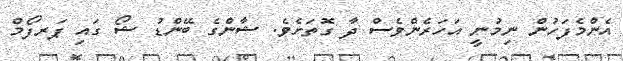
އެންމެފަހުން ނިމުނީ އަހަރެންވެސް ދާ ގޮތަށެވެ. ޝާންގެ ބޭންޑު ޝޯ ގައި ޕަރފޯމް